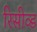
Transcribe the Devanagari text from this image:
रिसीव्ड